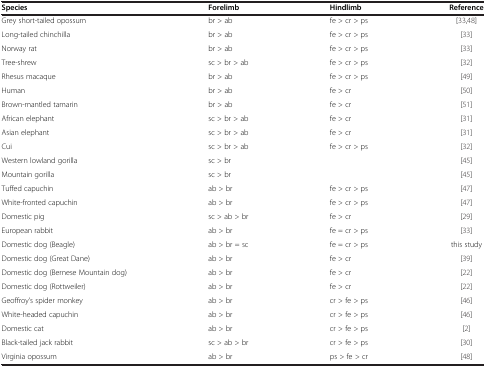
| Species | Forelimb | Hindlimb | Reference |
 | --- | --- | --- | --- |
 | Grey short-tailed opossum | br > ab | fe > cr > ps | [33,48] |
 | Long-tailed chinchilla | br > ab | fe > cr > ps | [33] |
 | Norway rat | br > ab | fe > cr > ps | [33] |
 | Tree-shrew | sc > br > ab | fe > cr > ps | [32] |
 | Rhesus macaque | br > ab | fe > cr > ps | [49] |
 | Human | br > ab | fe > cr | [50] |
 | Brown-mantled tamarin | br > ab | fe > cr | [51] |
 | African elephant | sc > br > ab | fe > cr | [31] |
 | Asian elephant | sc > br > ab | fe > cr | [31] |
 | Cui | sc > br > ab | fe > cr > ps | [32] |
 | Western lowland gorilla | sc > br |  | [45] |
 | Mountain gorilla | sc > br |  | [45] |
 | Tuffed capuchin | ab > br | fe > cr > ps | [47] |
 | White-fronted capuchin | ab > br | fe > cr > ps | [47] |
 | Domestic pig | sc > ab > br | fe > cr | [29] |
 | European rabbit | ab > br | fe = cr > ps | [33] |
 | Domestic dog (Beagle) | ab > br = sc | fe = cr > ps | this study |
 | Domestic dog (Great Dane) | ab > br | fe > cr | [39] |
 | Domestic dog (Bernese Mountain dog) | ab > br | fe > cr | [22] |
 | Domestic dog (Rottweiler) | ab > br | fe > cr | [22] |
 | Geoffroy’s spider monkey | ab > br | cr > fe > ps | [46] |
 | White-headed capuchin | ab > br | cr > fe > ps | [46] |
 | Domestic cat | ab > br | cr > fe > ps | [2] |
 | Black-tailed jack rabbit | sc > ab > br | cr > fe > ps | [30] |
 | Virginia opossum | ab > br | ps > fe > cr | [48] |